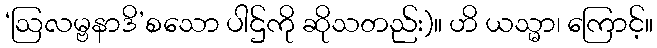
‘ဩလမ္ဗနာဒိ’စသော ပါဌ်ကို ဆိုသတည်း)။ ဟိ ယသ္မာ၊ ကြောင့်။